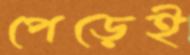
পেড়েই